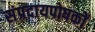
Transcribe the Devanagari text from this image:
संप्रदायपोषकों